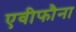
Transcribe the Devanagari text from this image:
एवीफौना